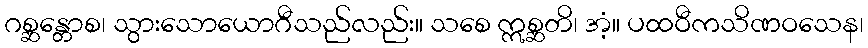
ဂစ္ဆန္တောစ၊ သွားသောယောဂီသည်လည်း။ သစေ ဣစ္ဆတိ၊ အံ့။ ပထဝီကသိဏဝသေန၊